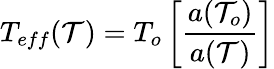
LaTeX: T_{eff}(\mathcal{T})=T_{o}\left[\frac{{a(\mathcal{T}_{o})}}{{a(\mathcal{T})}}\right]